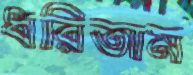
ধরিতাম